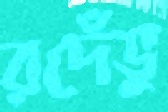
রদেঁভু